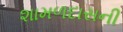
શામળદાસની